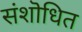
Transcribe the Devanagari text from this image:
संशॊधित